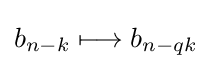
b_{n-k}\longmapsto b_{n-qk}